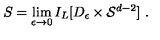
S = \lim _ { \epsilon \rightarrow 0 } I _ { L } [ D _ { \epsilon } \times { \cal S } ^ { d - 2 } ] \ .